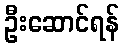
ဦးဆောင်ရန်